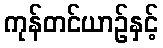
ကုန်တင်ယာဉ်နှင့်